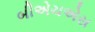
બીએચએસ